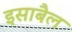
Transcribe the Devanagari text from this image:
इसाबैल